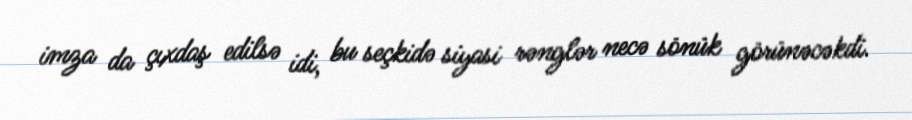
imza da çıxdaş edilsə idi, bu seçkidə siyasi rənglər necə sönük görünəcəkdi.